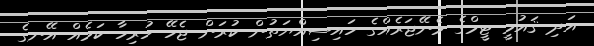
އަދި ޤައުމީ ޓީމްގެ މެނޭޖަރެއްގެ ހައިސިއްޔަތުން ކުރަން ޖެހޭ ހުރިހާ ކަމެއް އޭނގެ